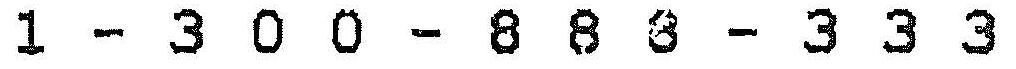
1 - 3 0 0 - 8 8 8 - 3 3 3